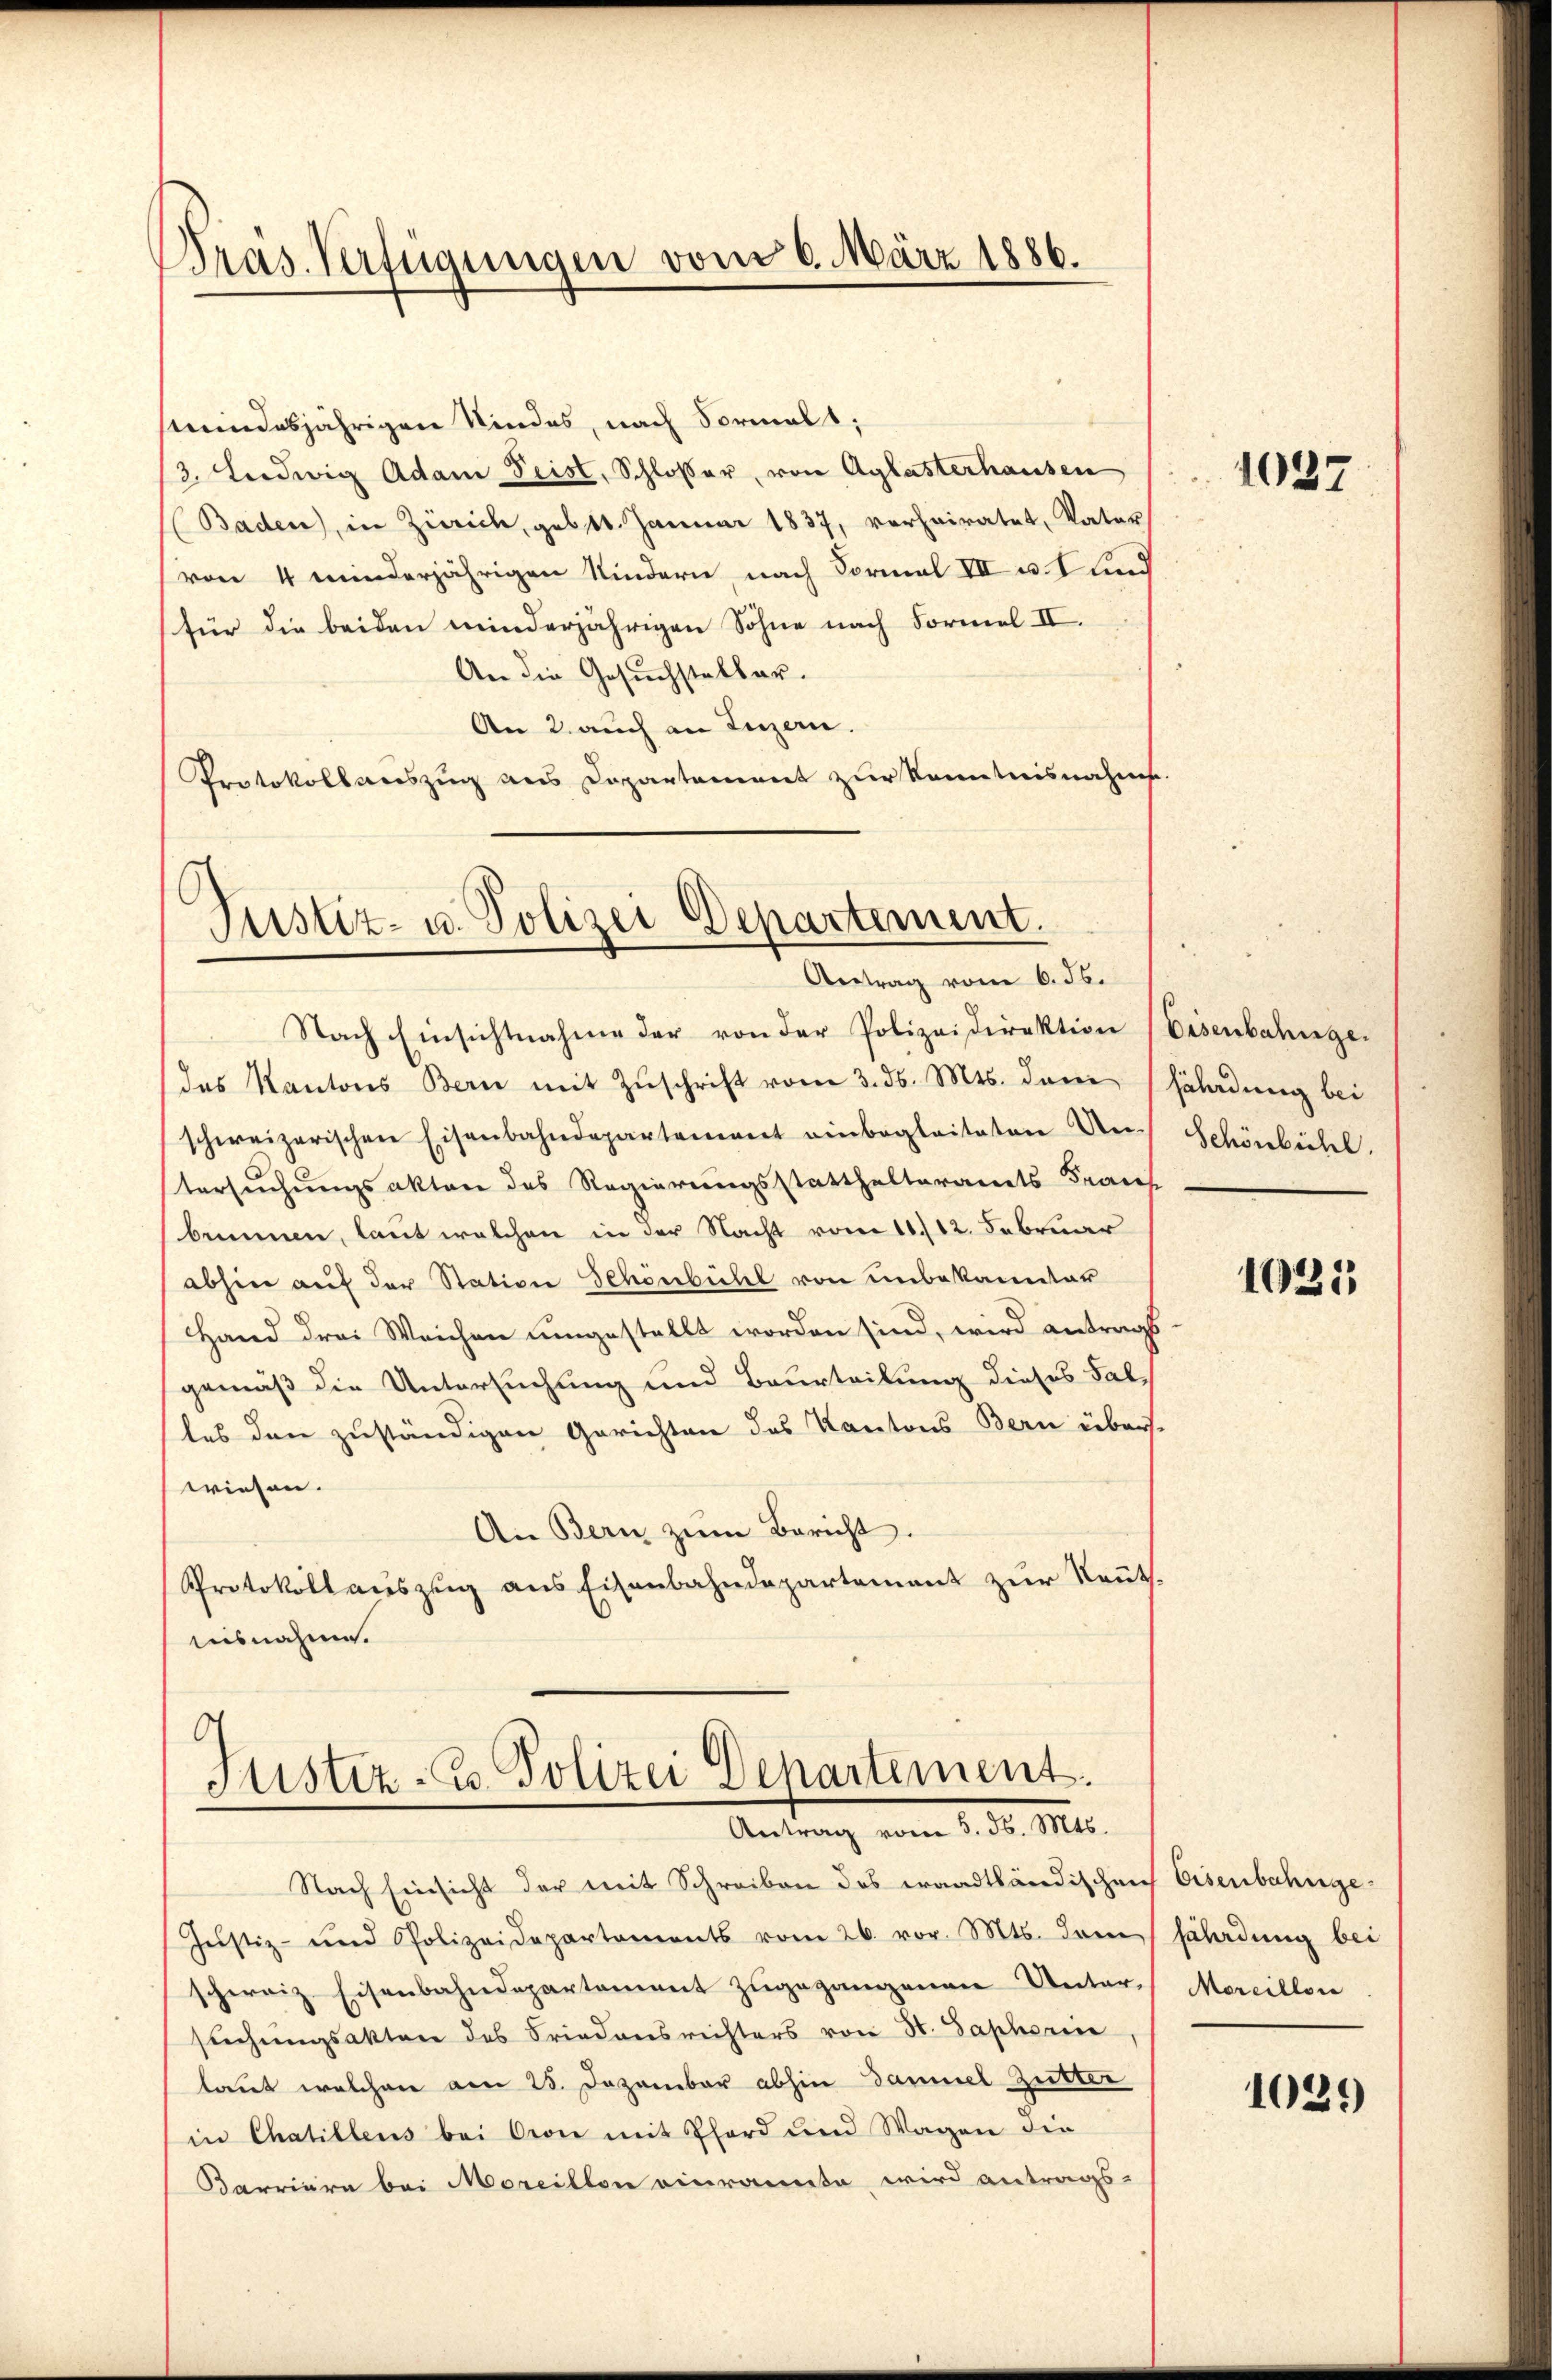
Pras. Verfügungen vom 6. März 1886.

Mindesjährigen Kindes, nach Formals,
3. Ludwig Adam Frist, Schlosser, von Aglasterhausen
(Baden, in Zürich, gebot. Januar 1837, verheiratet, Vater
(von 4 minderjährigen Kindern, nach Formal VII u. 1 und
(für die beiden minderjährigen Söhne nach Formel II.
An die Gesuchstelbar-
An 2. auch an Luzern.
Protokoll aŭszŭg ans Departament zŭr Kenntnisnahms-

Justiz- u. Polizei Departement.
Antrag vom 6. ds.

Nach Einsichtnahme der von der Polizeidirektion (Eisenbahnge-
das Kantons Bern mit Zŭschrift vom 3. ds. Mts. dem Erladung bei
schweizerischen Eisenbahndepartement einbegleiteten Un- Schönbühl.
tersuchungsakten des Regierungsstatthalteramts-Trans
binnen, laut welchen in der Nacht vom 11./12. Februar
abhin auf der Station Schönbühl von unbekannter
Hand drei Weichen umgestellt worden sind, wird antrags
gemäß die Untersuchung und Beurteilung dieses Falles den zuständigen Gerichten des Kantons Bern über-
wiesen.
An Bern zŭm Bericht.
Protokoll auszug aus Eisenbahndepartement zur Rents.
aisnahme.

¬
Justiz- u. Polizei Departement.
Antrag vom 5. ds. Mts.

Nach Einsicht der mit Schreiben des waadtländischen Eisenbahnge¬
Justiz- und Polizeidepartements vom 26. vor. Mts. dem
schweiz. Eisenbahndepartement zugegangenen Unter-
suchungsakten des Friedensrichters von St. Saphori
laut welchen am 28. Dezember abhin Daniel Zutter
in Chatillens bei Oron mit Pford und Wagen die
Carriere bei Moreillon einraumte wird antrags-

1037

1025

fährdung bei
Mareillon

1039